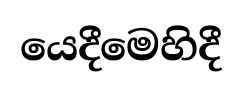
යෙදීමෙහිදී